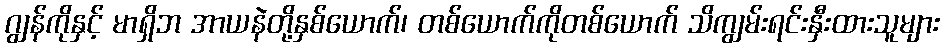
ဂျွန်ကိုနှင့် မာရှိဘ အာယနဲတို့နှစ်ယောက်၊ တစ်ယောက်ကိုတစ်ယောက် သိကျွမ်းရင်းနှီးထားသူများ